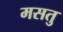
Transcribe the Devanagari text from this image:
मसतु